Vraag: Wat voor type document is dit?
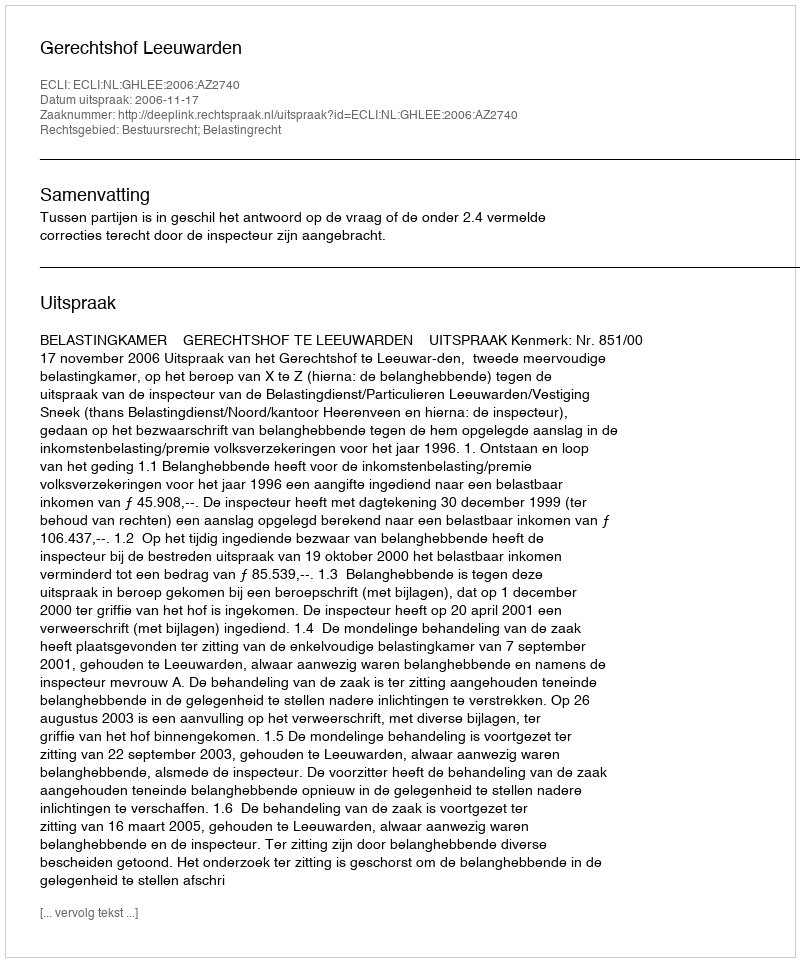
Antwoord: Uitspraak